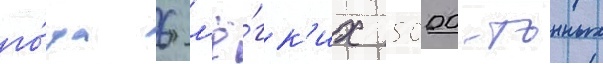
го́да 6 л'ё́гк'их 5000-тонных